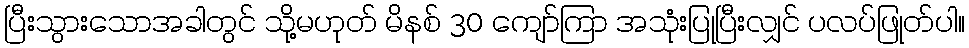
ပြီးသွားသောအခါတွင် သို့မဟုတ် မိနစ် 30 ကျော်ကြာ အသုံးပြုပြီးလျှင် ပလပ်ဖြုတ်ပါ။